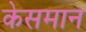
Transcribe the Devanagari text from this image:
केसमान